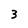
Character: 3